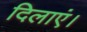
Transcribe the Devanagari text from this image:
दिलाएं।